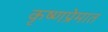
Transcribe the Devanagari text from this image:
कृष्णप्रेमात